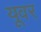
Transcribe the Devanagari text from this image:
यूवर